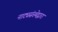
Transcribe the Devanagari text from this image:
नाट्यसंस्थेद्वारा